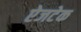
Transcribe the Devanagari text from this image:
ऐजटेक